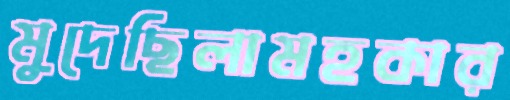
মুদেছিলামহকার